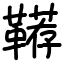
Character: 鞯